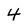
Character: 4